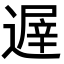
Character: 遟